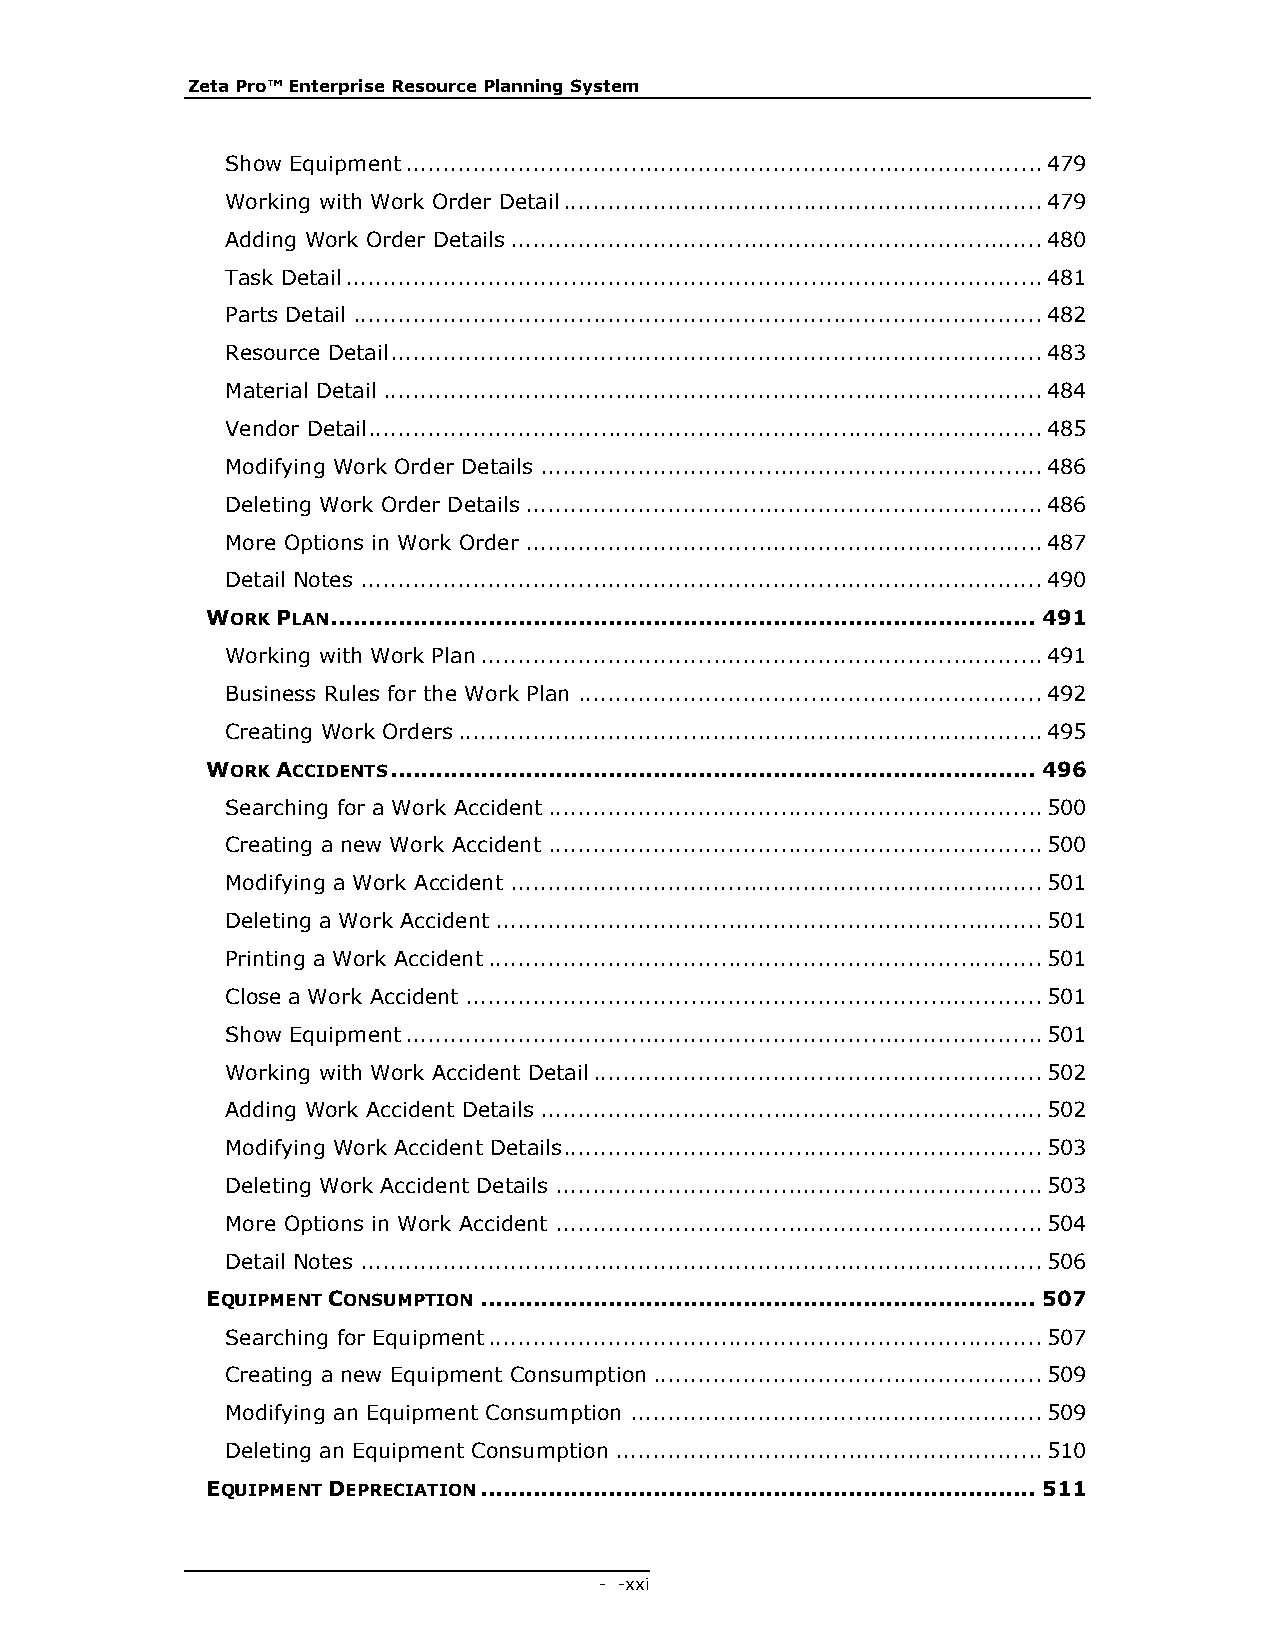
Zeta Pro™ Enterprise Resource Planning System
 Show Equipment ..................................................................................... 479
 Working with Work Order Detail ................................................................ 479
 Adding Work Order Details ....................................................................... 480
 Task Detail ............................................................................................. 481
 Parts Detail ............................................................................................ 482
 Resource Detail ....................................................................................... 483
 Material Detail ........................................................................................ 484
 Vendor Detail .......................................................................................... 485
 Modifying Work Order Details ................................................................... 486
 Deleting Work Order Details ..................................................................... 486
 More Options in Work Order ..................................................................... 487
 Detail Notes ........................................................................................... 490
 WORK PLAN .............................................................................................. 491
 Working with Work Plan ........................................................................... 491
 Business Rules for the Work Plan .............................................................. 492
 Creating Work Orders .............................................................................. 495
 WORK ACCIDENTS ...................................................................................... 496
 Searching for a Work Accident .................................................................. 500
 Creating a new Work Accident .................................................................. 500
 Modifying a Work Accident ....................................................................... 501
 Deleting a Work Accident ......................................................................... 501
 Printing a Work Accident .......................................................................... 501
 Close a Work Accident ............................................................................. 501
 Show Equipment ..................................................................................... 501
 Working with Work Accident Detail ............................................................ 502
 Adding Work Accident Details ................................................................... 502
 Modifying Work Accident Details ................................................................ 503
 Deleting Work Accident Details ................................................................. 503
 More Options in Work Accident ................................................................. 504
 Detail Notes ........................................................................................... 506
 EQUIPMENT CONSUMPTION .......................................................................... 507
 Searching for Equipment .......................................................................... 507
 Creating a new Equipment Consumption .................................................... 509
 Modifying an Equipment Consumption ....................................................... 509
 Deleting an Equipment Consumption ......................................................... 510
 EQUIPMENT DEPRECIATION .......................................................................... 511
 - - xxi